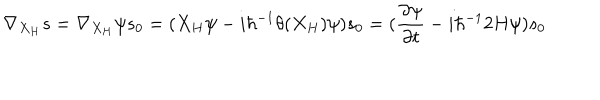
LaTeX: \nabla _ { X _ { H } } s = \nabla _ { X _ { H } } \psi s _ { 0 } = ( X _ { H } \psi - i \hbar ^ { - 1 } \theta ( X _ { H } ) \psi ) s _ { 0 } = ( \frac { \partial \psi } { \partial t } - i \hbar ^ { - 1 } 2 H \psi ) s _ { 0 }